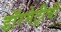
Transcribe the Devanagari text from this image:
डॉरमेट्रीची